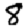
Digit: 8